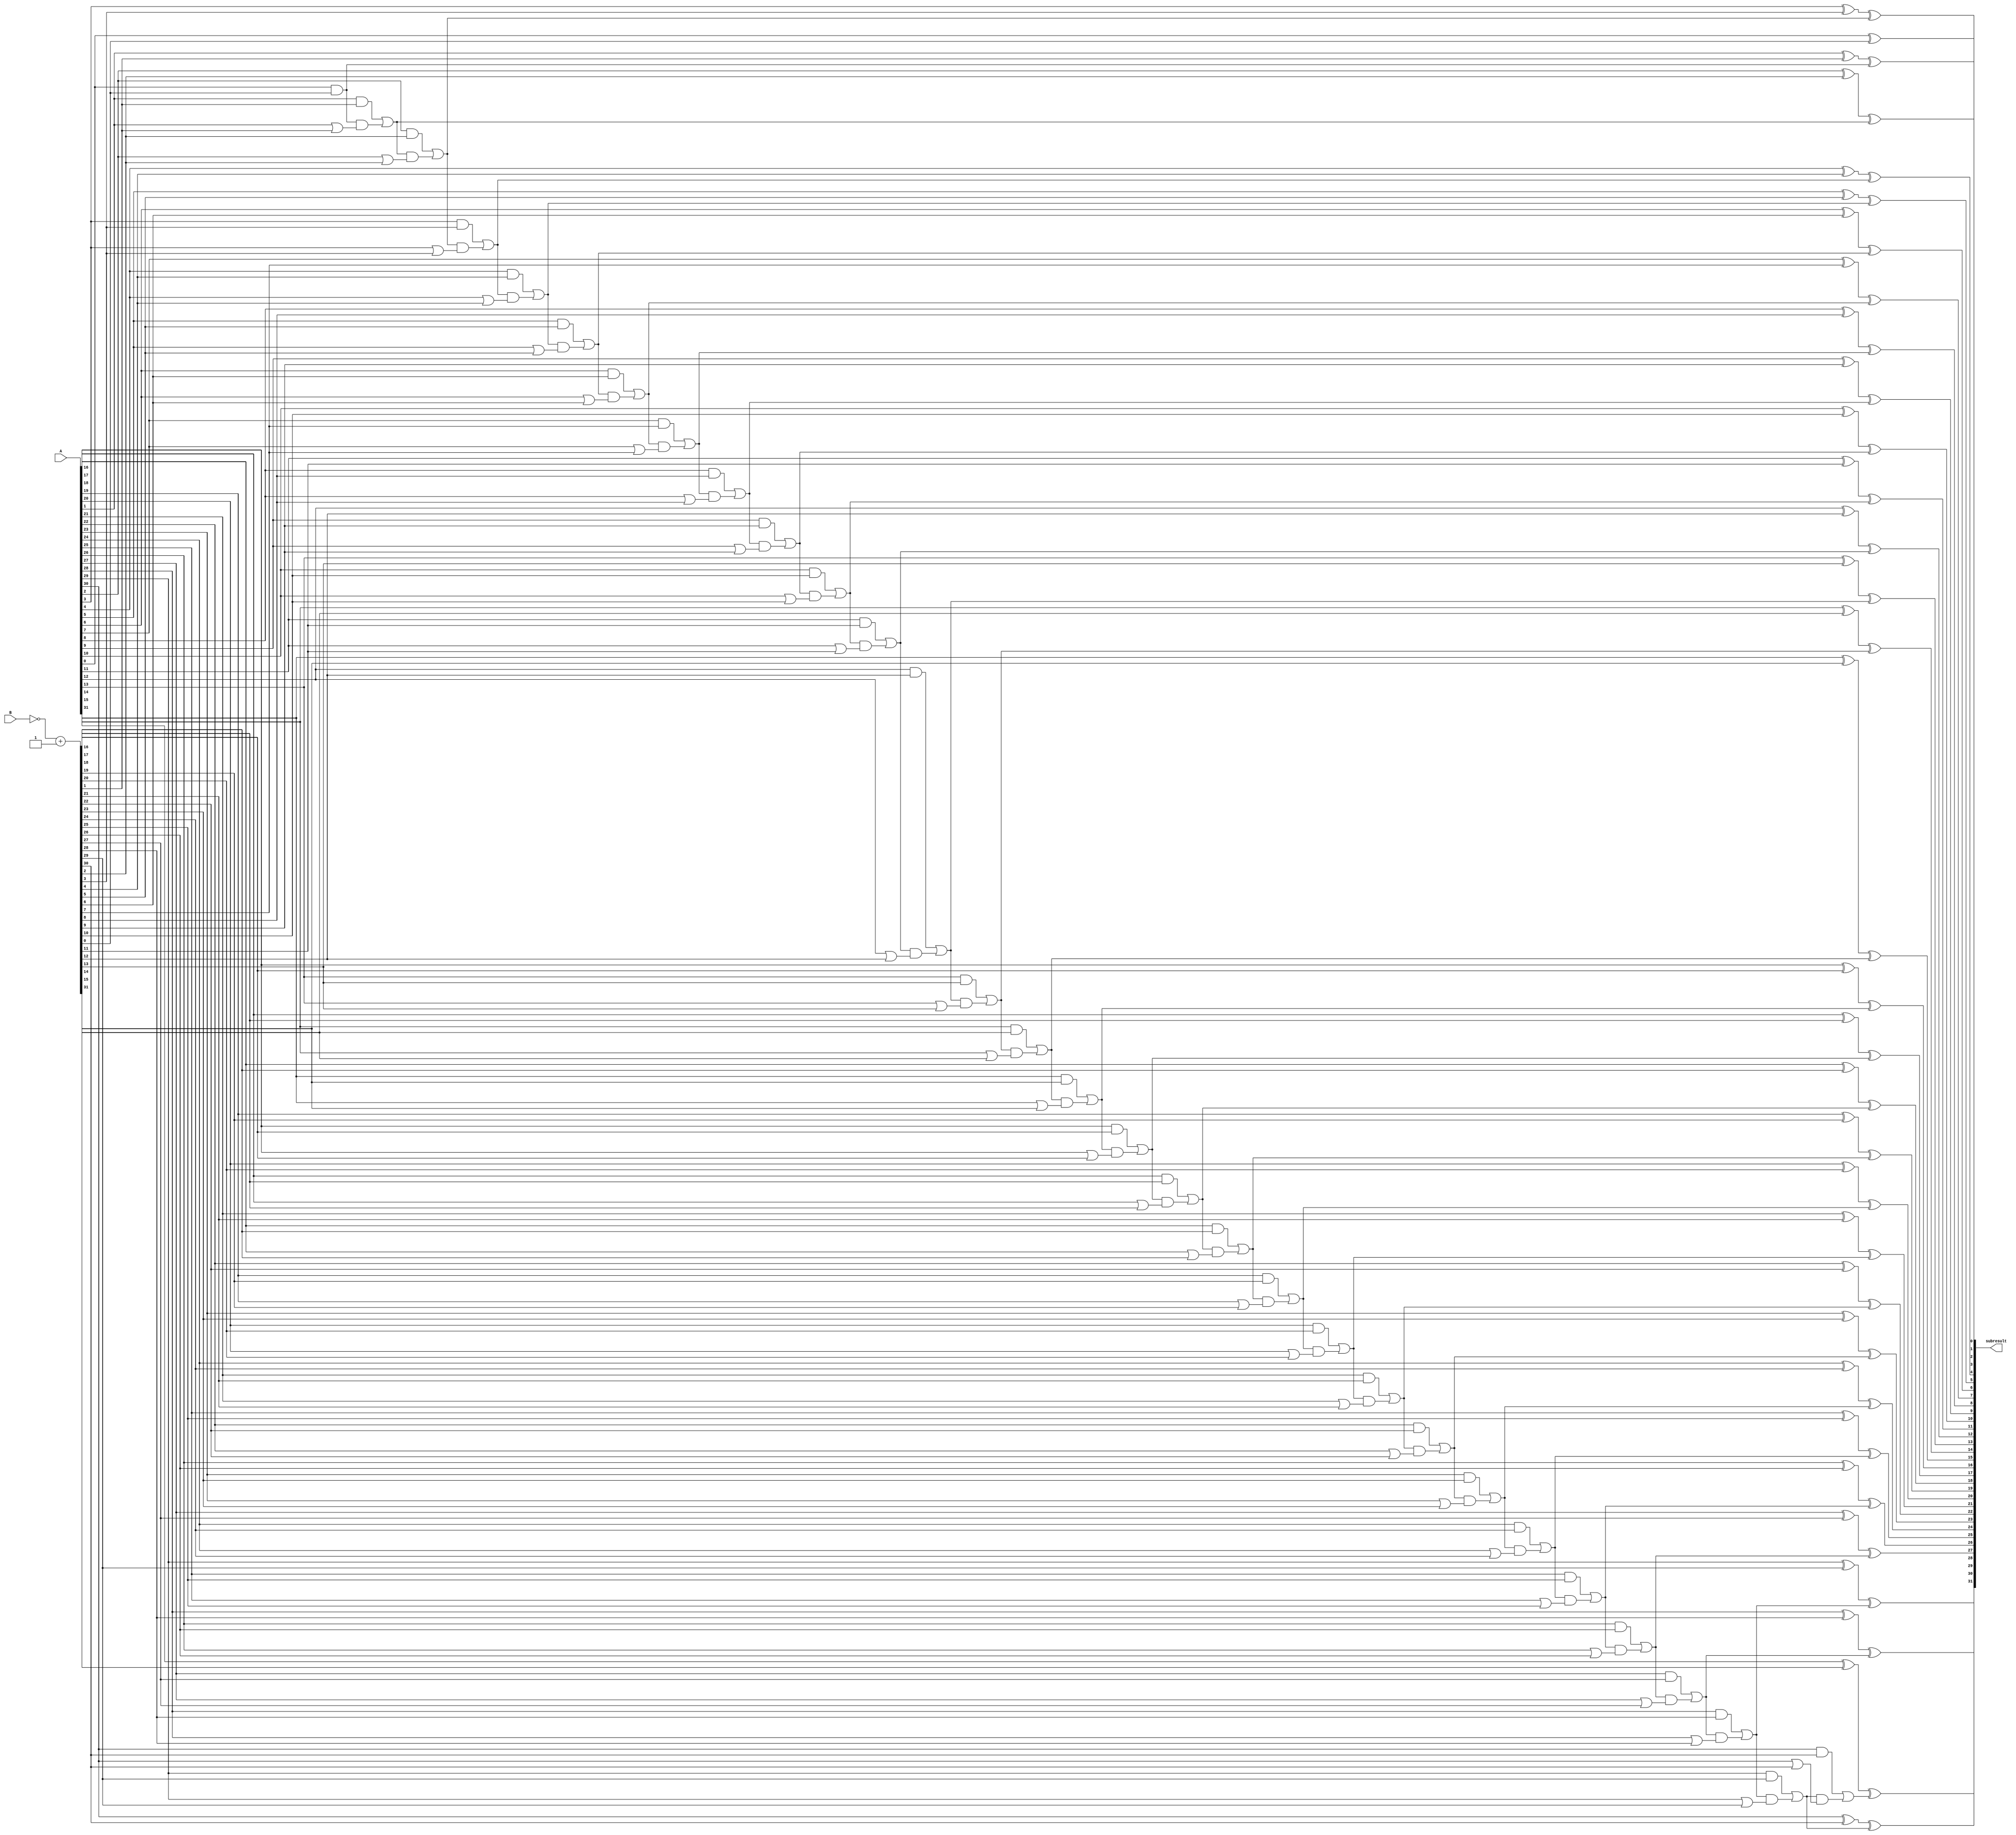

module SUB(

input [31:0] A, B,
output reg [31:0] subresult

);

reg [31:0] negB;

reg [32:0] LocalCarry;

integer i;

always@(A or B)
	begin
		negB = ~B + 1;
		LocalCarry = 32'b0;
		for(i = 0; i < 32; i = i + 1)
		begin
				subresult[i] = A[i]^negB[i]^LocalCarry[i];
				LocalCarry[i+1] = (A[i]&negB[i])|(LocalCarry[i]&(A[i]|negB[i]));
		end
end

endmodule